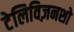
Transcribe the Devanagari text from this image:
टेलिविज़नशो